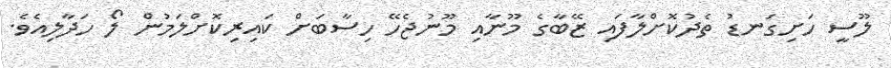
ލޫސީ ހަށިގަނޑު ތެދުކޮށްލާފައި ޒޭބާގެ މޫނާއި މޫނުޖެހޭ ހިސާބަށް ކައިރިކޮށްލަމުން ލޯ ހަދާލިއެވެ.